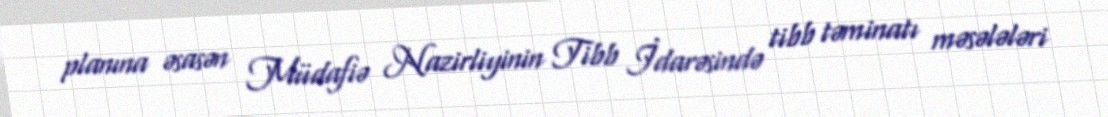
planına əsasən Müdafiə Nazirliyinin Tibb İdarəsində tibb təminatı məsələləri